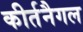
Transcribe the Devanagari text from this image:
कीर्तनैगल